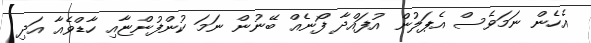
އެހެން ނަމަވެސް އެޕަލުން އުފައްދާ ފޯނެއް ބޭނުން ނަމަ ކުންފުންޏާއި ހާޑްވެއާ އަދި